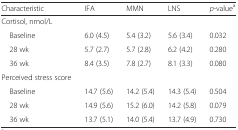
<table><thead><tr><td><b>Characteristic</b></td><td><b>IFA</b></td><td><b>MMN</b></td><td><b>LNS</b></td><td><b><i>p</i>-value<sup>a</sup></b></td></tr></thead><tbody><tr><td>Cortisol, nmol/L</td><td></td><td></td><td></td><td></td></tr><tr><td> Baseline</td><td>6.0 (4.5)</td><td>5.4 (3.2)</td><td>5.6 (3.4)</td><td>0.032</td></tr><tr><td> 28 wk</td><td>5.7 (2.7)</td><td>5.7 (2.8)</td><td>6.2 (4.2)</td><td>0.280</td></tr><tr><td> 36 wk</td><td>8.4 (3.5)</td><td>7.8 (2.7)</td><td>8.1 (3.3)</td><td>0.080</td></tr><tr><td>Perceived stress score</td><td></td><td></td><td></td><td></td></tr><tr><td> Baseline</td><td>14.7 (5.6)</td><td>14.2 (5.4)</td><td>14.3 (5.4)</td><td>0.504</td></tr><tr><td> 28 wk</td><td>14.9 (5.6)</td><td>15.2 (6.0)</td><td>14.2 (5.8)</td><td>0.079</td></tr><tr><td> 36 wk</td><td>13.7 (5.1)</td><td>14.0 (5.4)</td><td>13.7 (4.9)</td><td>0.730</td></tr></tbody></table>